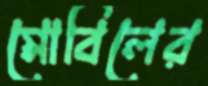
মোবিলের